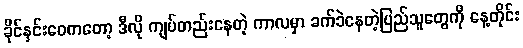
ခိုင်နှင်းဝေကတော့ ဒီလို ကျပ်တည်းနေတဲ့ ကာလမှာ ခက်ခဲနေတဲ့ပြည်သူတွေကို နေ့တိုင်း